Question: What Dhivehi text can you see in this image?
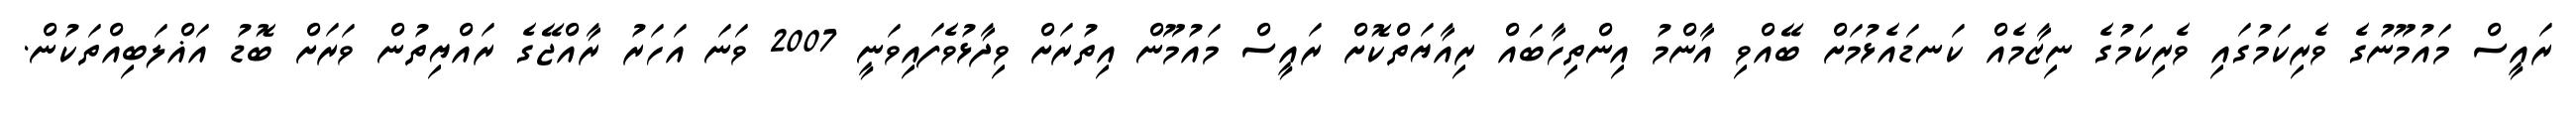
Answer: ރައީސް މައުމޫނުގެ ވެރިކަމުގައި ވެރިކަމުގެ ނިޒާމެއް ކަނޑައެޅުމަށް ބޭއްވި އާންމު އިންތިހާބައް ރިއާޔަތްކޮށް ރައީސް މައުމޫން އިތުރަށް ވިދާޅުވެފައިވަނީ 2007 ވަނަ އަހަރު ރާއްޖޭގެ ރައްޔިތުން ވަރަށް ބޮޑު އަޣްލަބިއްތަކުން.